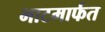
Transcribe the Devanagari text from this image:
भाटमार्फत